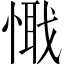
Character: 𢟘